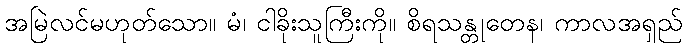
အမြဲလင်မဟုတ်သော။ မံ၊ ငါခိုးသူကြီးကို။ စိရသန္တုတေန၊ ကာလအရှည်